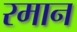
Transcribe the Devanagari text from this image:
रमान